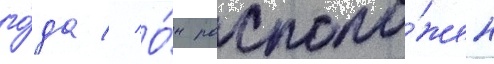
го́да // О́н располо́жен